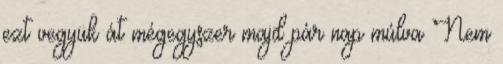
ezt vegyük át mégegyszer majd pár nap múlva Nem